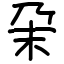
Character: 㭆